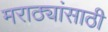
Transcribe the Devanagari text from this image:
मराठ्यांसाठी